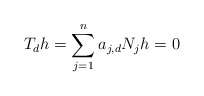
\begin{align*}T_d h = \sum_{j=1}^n a_{j,d} N_j h = 0\end{align*}